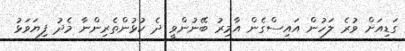
ގަޑިއަށް ވުރެ ލަހުން އައިސްގެން އާމިރު ބޭނުންވީ ދެ ކުޅުންތެރިންނާ މެދު ފިޔަވަޅު